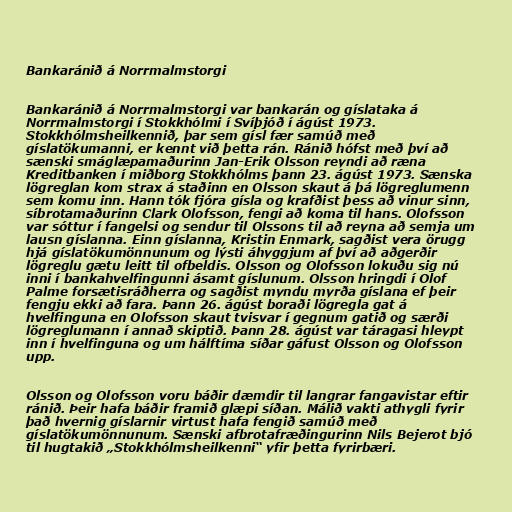
Bankaránið á Norrmalmstorgi

Bankaránið á Norrmalmstorgi var bankarán og gíslataka á
Norrmalmstorgi í Stokkhólmi í Svíþjóð í ágúst 1973.
Stokkhólmsheilkennið, þar sem gísl fær samúð með
gíslatökumanni, er kennt við þetta rán. Ránið hófst með því að
sænski smáglæpamaðurinn Jan-Erik Olsson reyndi að ræna
Kreditbanken í miðborg Stokkhólms þann 23. ágúst 1973. Sænska
lögreglan kom strax á staðinn en Olsson skaut á þá lögreglumenn
sem komu inn. Hann tók fjóra gísla og krafðist þess að vinur sinn,
síbrotamaðurinn Clark Olofsson, fengi að koma til hans. Olofsson
var sóttur í fangelsi og sendur til Olssons til að reyna að semja um
lausn gíslanna. Einn gíslanna, Kristin Enmark, sagðist vera örugg
hjá gíslatökumönnunum og lýsti áhyggjum af því að aðgerðir
lögreglu gætu leitt til ofbeldis. Olsson og Olofsson lokuðu sig nú
inni í bankahvelfingunni ásamt gíslunum. Olsson hringdi í Olof
Palme forsætisráðherra og sagðist myndu myrða gíslana ef þeir
fengju ekki að fara. Þann 26. ágúst boraði lögregla gat á
hvelfinguna en Olofsson skaut tvisvar í gegnum gatið og særði
lögreglumann í annað skiptið. Þann 28. ágúst var táragasi hleypt
inn í hvelfinguna og um hálftíma síðar gáfust Olsson og Olofsson
upp.

Olsson og Olofsson voru báðir dæmdir til langrar fangavistar eftir
ránið. Þeir hafa báðir framið glæpi síðan. Málið vakti athygli fyrir
það hvernig gíslarnir virtust hafa fengið samúð með
gíslatökumönnunum. Sænski afbrotafræðingurinn Nils Bejerot bjó
til hugtakið „Stokkhólmsheilkenni“ yfir þetta fyrirbæri.